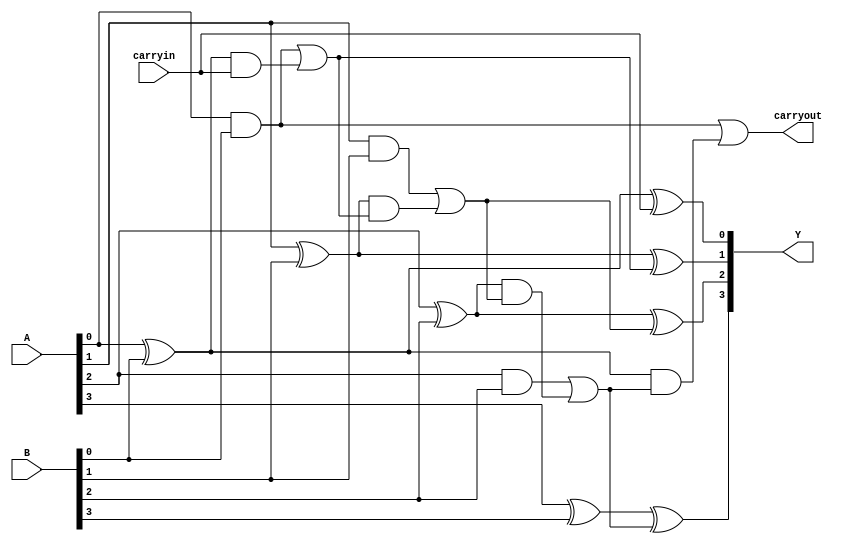
module Carry_look_ahead_adder(Y,carryout,A,B,carryin);
  output [3:0]Y;
  output carryout;
  input [3:0]A,B;
  input carryin;

  wire [3:0]g,p;// generate and propogate  
  wire [4:0]c;// intermediate carry of adders
  
  assign c[0] = carryin; 
  assign Y[0] = A[0] ^ B[0] ^ c[0];
 
  assign c[1] = ( ( A[0] & B[0] ) | ( ( A[0] ^ B[0] ) & c[0] ) );
  assign Y[1] = A[1] ^ B[1] ^ c[1];
  
  assign c[2] = ( ( A[1] & B[1] ) | ( ( A[1] ^ B[1] ) & ( ( A[0] & B[0] ) | ( ( A[0] ^ B[0] ) & c[0] ) ) ) );
  assign Y[2] = A[2] ^ B[2] ^ c[2];
  
  assign c[3] = ( ( A[2] & B[2] ) | ( ( A[2] ^ B[2] ) & ( ( A[1] & B[1] ) | ( ( A[1] ^ B[1] ) & ( ( A[0] & B[0] ) | ( ( A[0] ^ B[0] ) & c[0] ) ) ) ) ) );
  assign Y[3] = A[3] ^ B[3] ^ c[3];

  assign c[4] = ( ( A[0] & B[0] ) | ( ( A[0] ^ B[0] ) & ( ( A[2] & B[2] ) | ( ( A[2] ^ B[2] ) & ( ( A[1] & B[1] ) | ( ( A[1] ^ B[1] ) & ( ( A[0] & B[0] ) | ( ( A[0] ^ B[0] ) & c[0] ) ) ) ) ) ) ) );  
  
  assign carryout = c[4];

  
endmodule